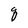
Character: q